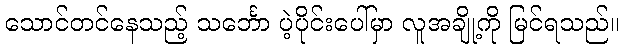
သောင်တင်နေသည့် သင်္ဘော ပဲ့ပိုင်းပေါ်မှာ လူအချို့ကို မြင်ရသည်။